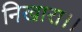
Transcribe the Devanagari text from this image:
निखारा।।